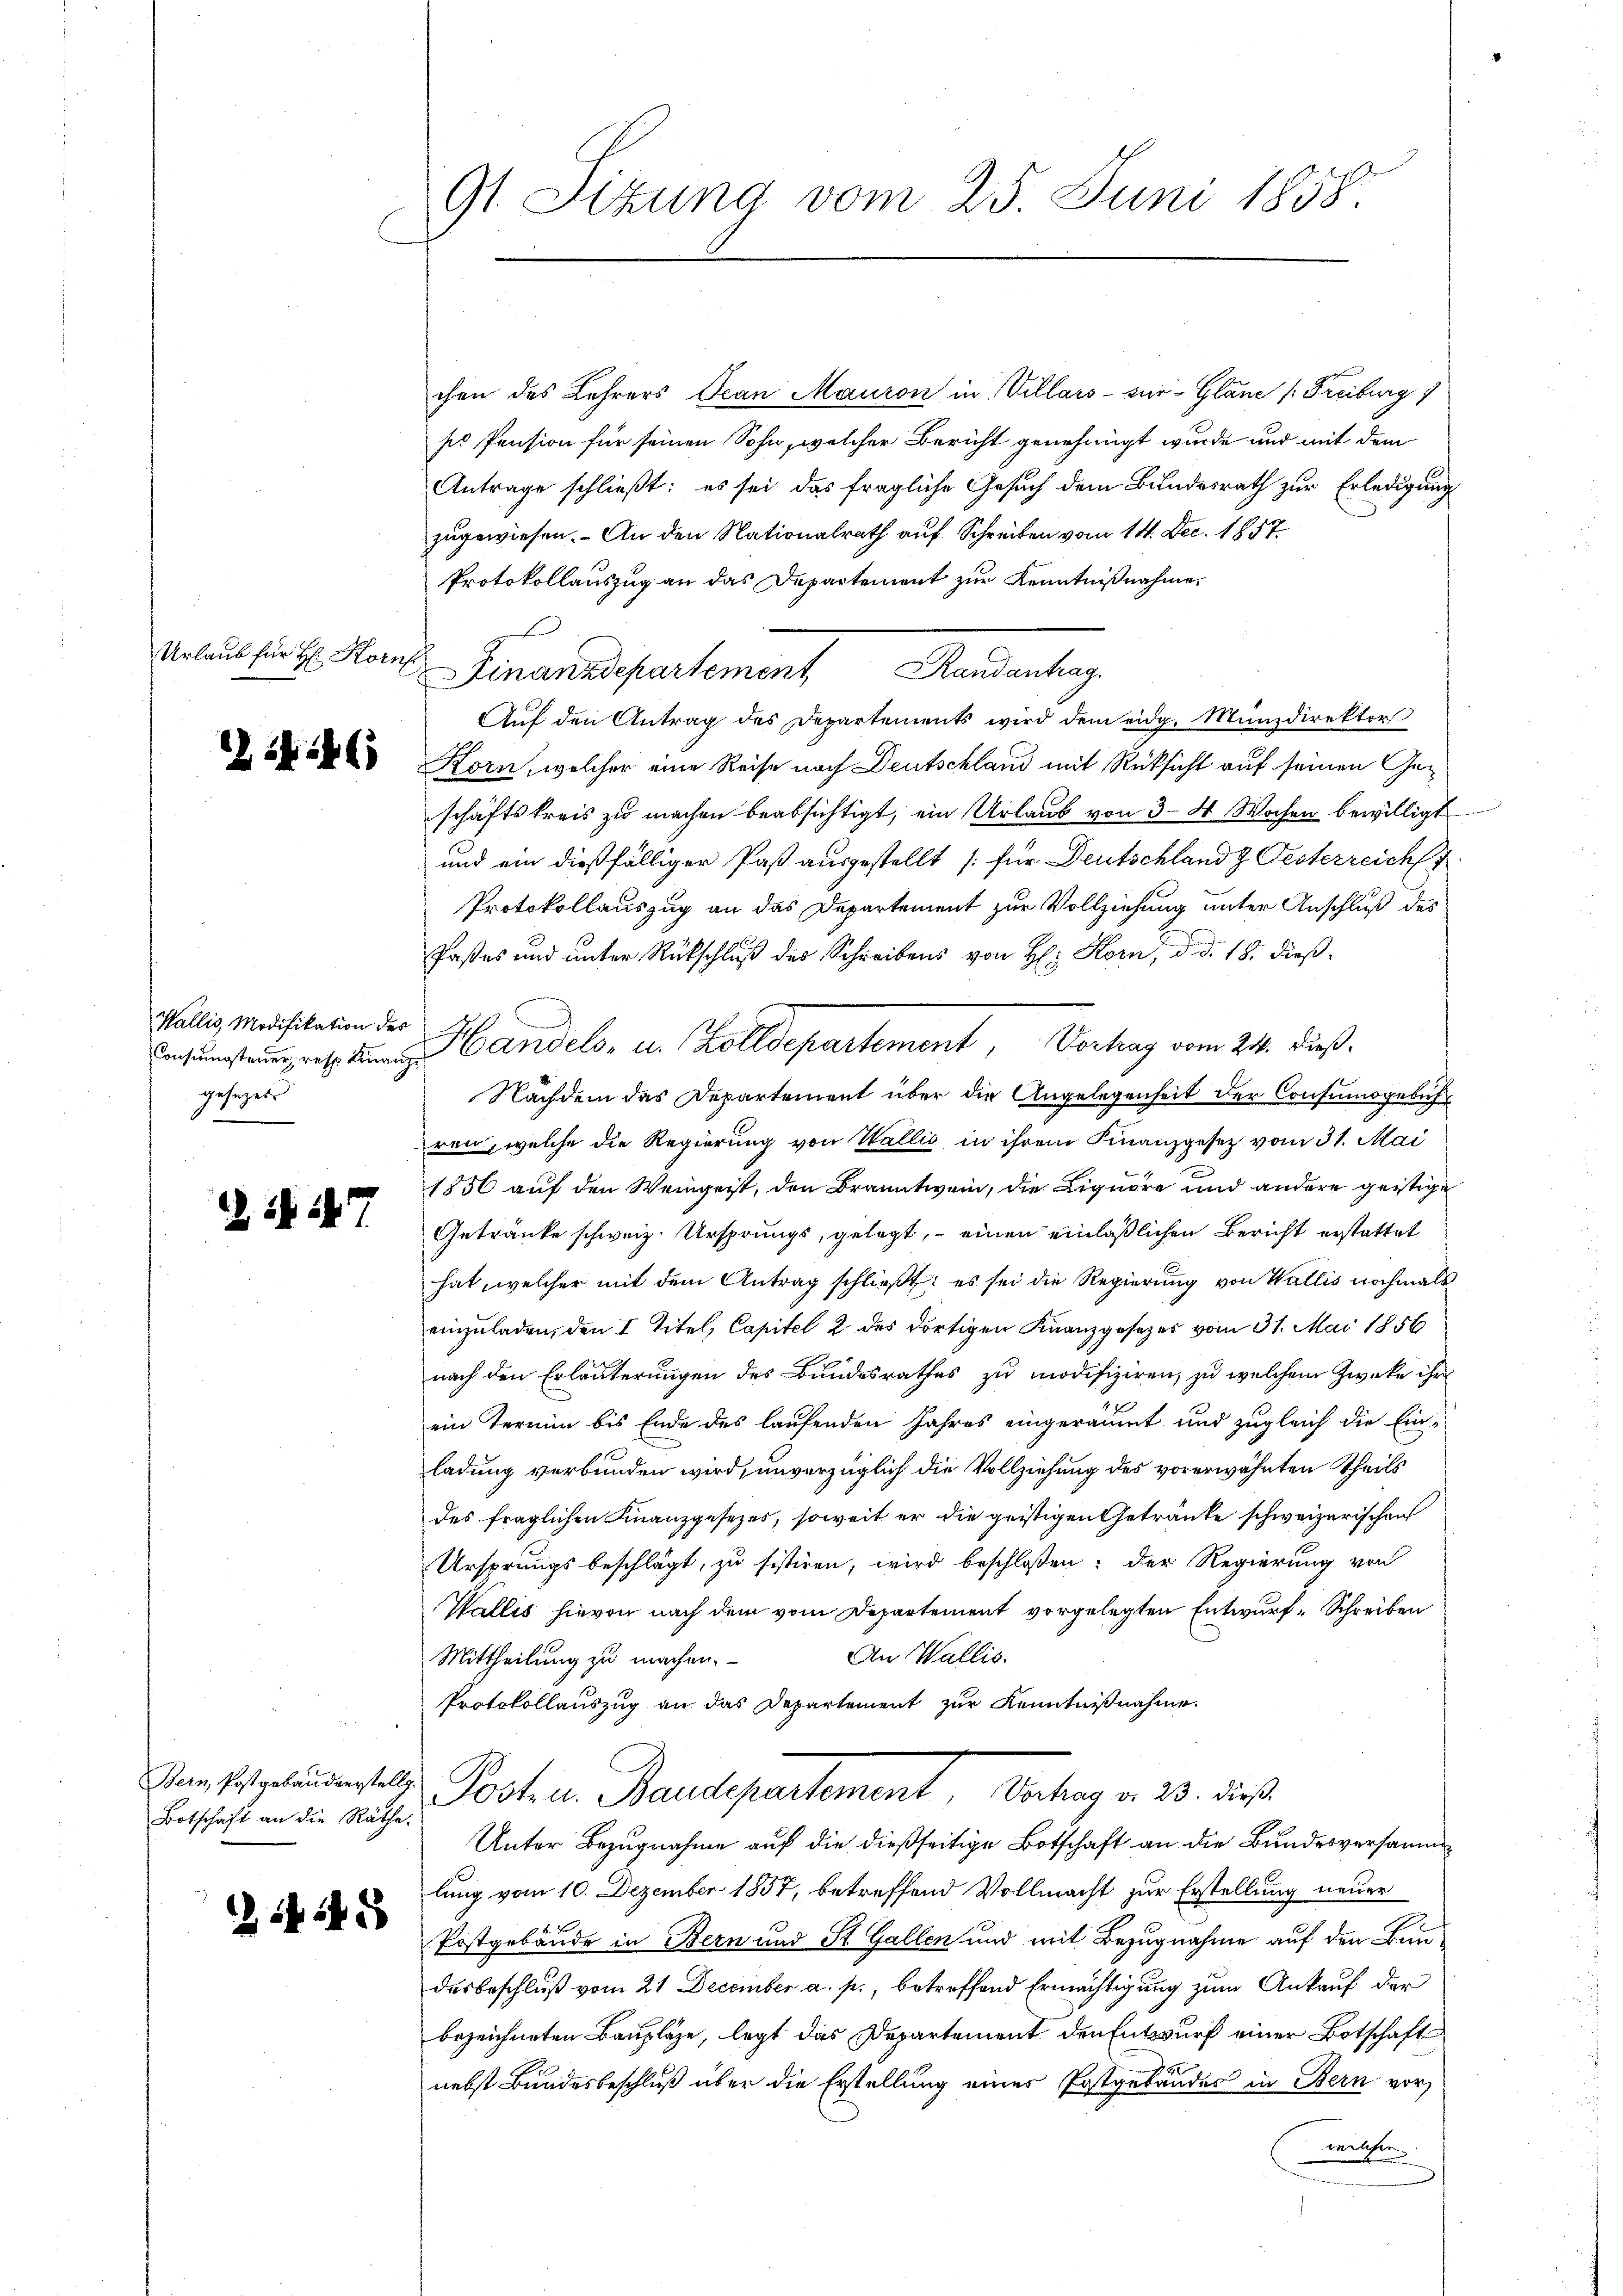
Urlaub für H: Korn

c

Wallis, Modifikation des
gesezes

1 7

Botschaft an die Räthe.

12 x

91. Sitzung vom 25. Juni 1858.

chen des Lehrers Jean Mauron in Villars - zur Glane (Freiburg
ss Pension für seinen Sohn, welcher Bericht genehmigt wurde und mit dem
Antrage schließt: es sei das fragliche Gesuch dem Bundesrath zur Erledigung
zugewiesen. An den Nationalrath auf Schreiben vom 14. Dec. 1857
Protokollauszug an das Departement zur Kenntnißnahme,
f
ch
Finanzdepartement Randantrag.
Auf den Antrag des Departements wird dem eidg. Münzdirektor
Korn, welcher eine Reise nach Deutschland mit Rüksicht auf seinen Geschäftskreis zu machen beabsichtigt, ein Urlaub von 3–4 Wochen bewilligt
und ein dießfälliger Paß ausgestellt [für Deutschland z. Gesterreich
Protokollauszug an das Departement zur Vollziehung unter Anschluß des
Paßes und unter Rückschluß des Schreibens von H: Korn, d. d. 18. dieß
Nachdem das Departement über die Angelegenheit der Consumsgebühren, welche die Regierung von Wallis in ihrem Finanzgesetz vom 31. Mai
1856 auf den Weingeist, den Branntwein, die Liquore und andere geistige
Getränke schweiz. Ursprungs, gelegt, - einen einläßlichen Bericht erstattet
hat, welcher mit dem Antrag schließt: es sei die Regierung von Wallis nochmals
einzuladen, den I Titel, Capitel 2 des dortigen Franzgesezes vom 31. Mai 1856
nach den Erläuterungen des Bundesrathes zu modifiziren, zu welchem Zwecke ihr
ein Termin bis Ende des laufenden Jahres eingeräumt und zugleich die Einladung verbunden wird, unverzüglich die Vollziehung des vorerwähnten Theils
des fraglichen Finanzgesezes, soweit er die geistigen Getränke schweizerischen
Ursprungsbeschlägt, zu sistiren, wird beschloßen: der Regierung von
Wallis hievon nach dem vom Departement vorgelegten Entwurf-Schreiben
An Wallis.
Mittheilung zu machen.
Protokollauszug an das Departement zur Kenntnißnahme.
Dem Erstgebänderstelle Posten Baudepartement, Verhag v. 23. dieß.
Unter Bezugnahme auf die dießseitige Botschaft an die Bundesversammlung vom 10. Dezember 1857, betreffend Vollmacht zur Erstellung neuer
Postgebäude in Bern und St. Gallen und mit Bezugnahme auf den Baudesbeschluß vom 21 December a. p., betreffend Ermächtigung zum Ankauf der
bezeichneten Baupläge, legt das Departement den Entwurf einer Botschaft
nebst Bundesbeschluß über die Erstellung eines Postgebäudes in Bern vor
welchen

. andel u. Zolldepartement, Verhag vom 214. dieß.